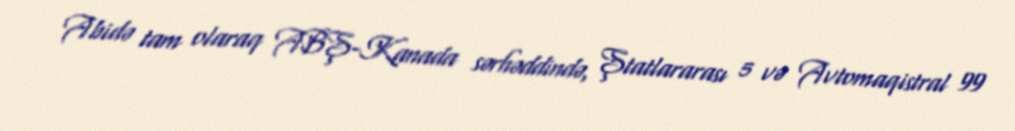
Abidə tam olaraq ABŞ-Kanada sərhəddində, Ştatlararası 5 və Avtomaqistral 99